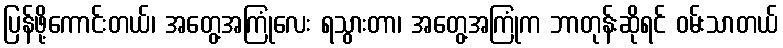
ပြန်ဖို့ကောင်းတယ်၊ အတွေ့အကြုံလေး ရသွားတာ၊ အတွေ့အကြုံက ဘာတုန်းဆိုရင် ဝမ်းသာတယ်